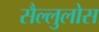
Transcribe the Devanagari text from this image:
सैल्लुलोस